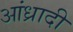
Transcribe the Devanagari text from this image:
आंध्रादी